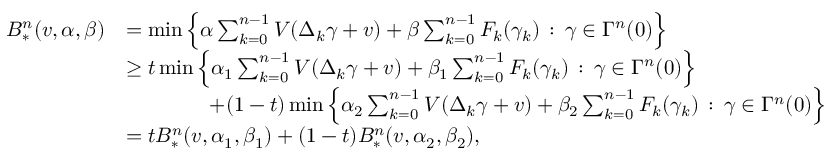
\begin{array} { r l } { B _ { * } ^ { n } ( v , \alpha , \beta ) } & { = \operatorname* { m i n } \Big \{ \alpha \sum _ { k = 0 } ^ { n - 1 } V ( \Delta _ { k } \gamma + v ) + \beta \sum _ { k = 0 } ^ { n - 1 } F _ { k } ( \gamma _ { k } ) \, : \, \gamma \in \Gamma ^ { n } ( 0 ) \Big \} } \\ & { \ge t \operatorname* { m i n } \Big \{ \alpha _ { 1 } \sum _ { k = 0 } ^ { n - 1 } V ( \Delta _ { k } \gamma + v ) + \beta _ { 1 } \sum _ { k = 0 } ^ { n - 1 } F _ { k } ( \gamma _ { k } ) \, : \, \gamma \in \Gamma ^ { n } ( 0 ) \Big \} } \\ & { \qquad \qquad + ( 1 - t ) \operatorname* { m i n } \Big \{ \alpha _ { 2 } \sum _ { k = 0 } ^ { n - 1 } V ( \Delta _ { k } \gamma + v ) + \beta _ { 2 } \sum _ { k = 0 } ^ { n - 1 } F _ { k } ( \gamma _ { k } ) \, : \, \gamma \in \Gamma ^ { n } ( 0 ) \Big \} } \\ & { = t B _ { * } ^ { n } ( v , \alpha _ { 1 } , \beta _ { 1 } ) + ( 1 - t ) B _ { * } ^ { n } ( v , \alpha _ { 2 } , \beta _ { 2 } ) , } \end{array}